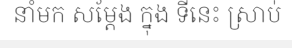
នាំមក សម្តែង ក្នុង ទីនេះ ស្រាប់